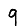
Digit: 9